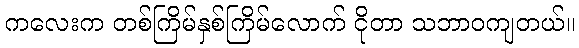
ကလေးက တစ်ကြိမ်နှစ်ကြိမ်လောက် ငိုတာ သဘာဝကျတယ်။